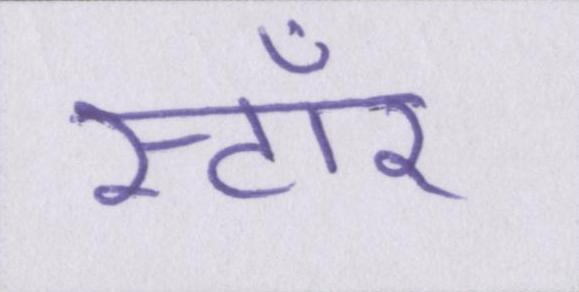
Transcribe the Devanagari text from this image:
स्टॉर